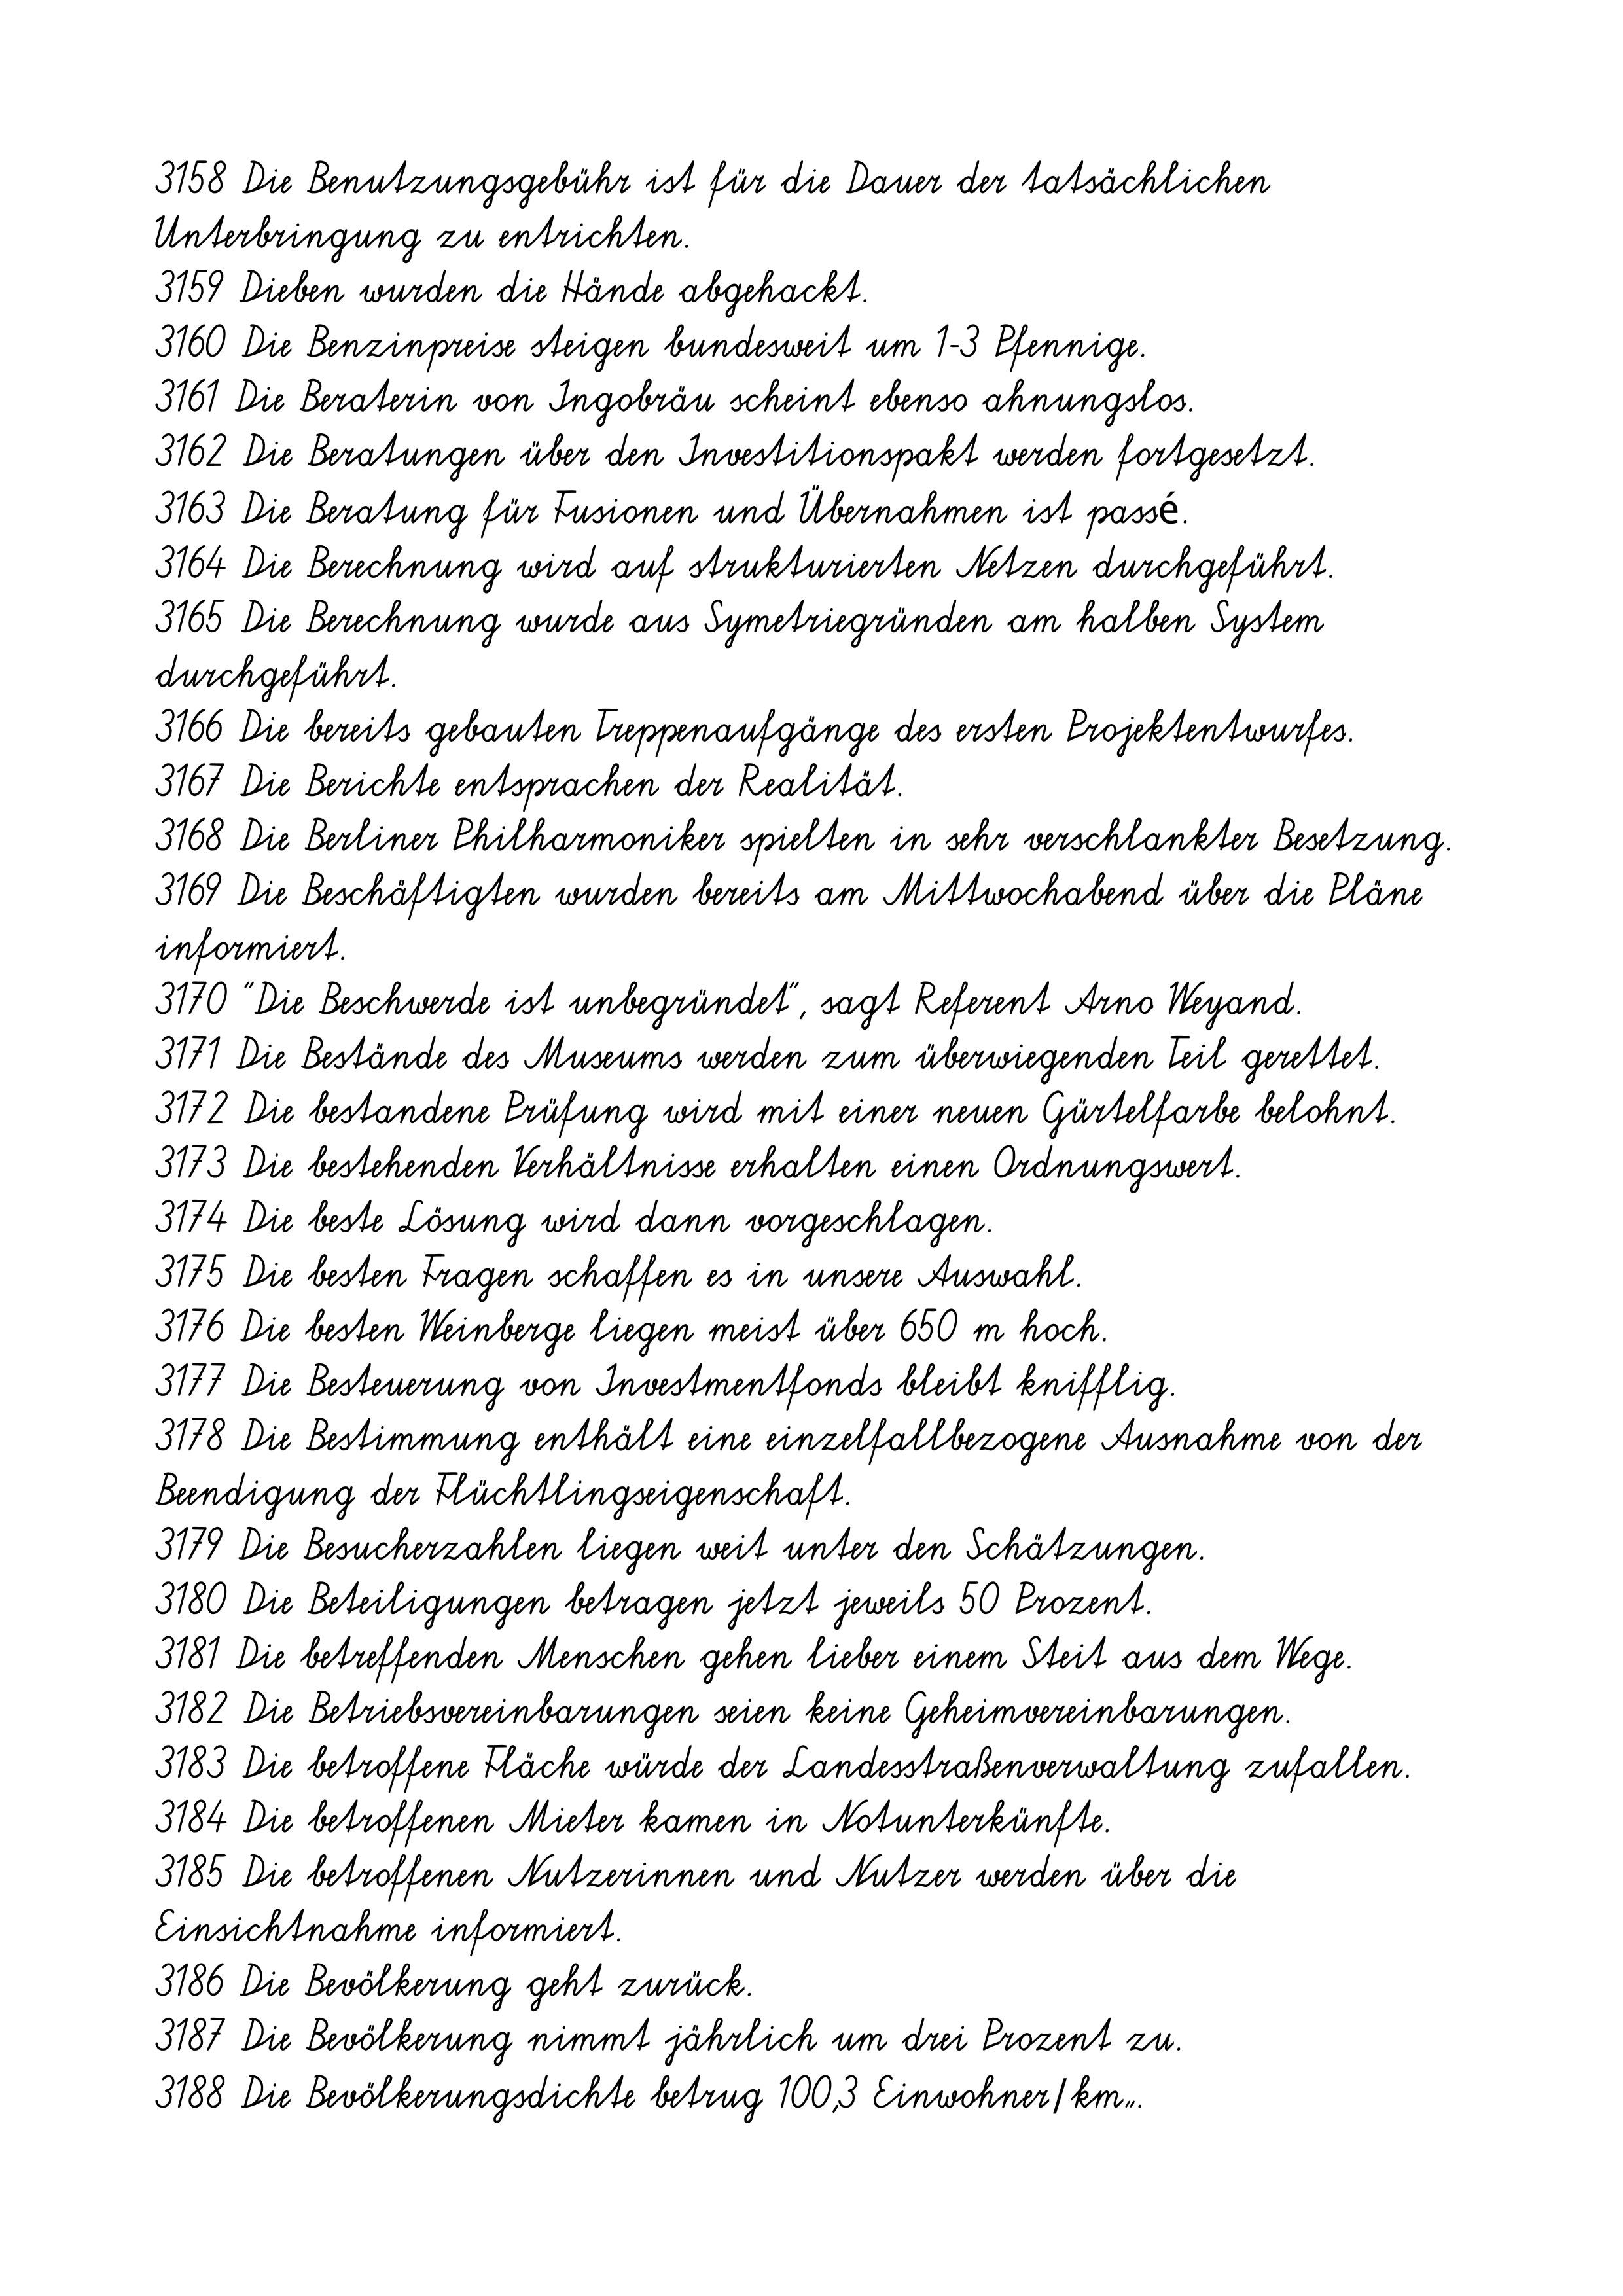
3158 Die Benutzungsgebühr ist für die Dauer der tatsächlichen
Unterbringung zu entrichten.
3159 Dieben wurden die Hände abgehackt.
3160 Die Benzinpreise steigen bundesweit um 1-3 Pfennige.
3161 Die Beraterin von Ingobräu scheint ebenso ahnungslos.
3162 Die Beratungen über den Investitionspakt werden fortgesetzt.
3163 Die Beratung für Fusionen und Übernahmen ist passé.
3164 Die Berechnung wird auf strukturierten Netzen durchgeführt.
3165 Die Berechnung wurde aus Symetriegründen am halben System
durchgeführt.
3166 Die bereits gebauten Treppenaufgänge des ersten Projektentwurfes.
3167 Die Berichte entsprachen der Realität.
3168 Die Berliner Philharmoniker spielten in sehr verschlankter Besetzung.
3169 Die Beschäftigten wurden bereits am Mittwochabend über die Pläne
informiert.
3170 "Die Beschwerde ist unbegründet", sagt Referent Arno Weyand.
3171 Die Bestände des Museums werden zum überwiegenden Teil gerettet.
3172 Die bestandene Prüfung wird mit einer neuen Gürtelfarbe belohnt.
3173 Die bestehenden Verhältnisse erhalten einen Ordnungswert.
3174 Die beste Lösung wird dann vorgeschlagen.
3175 Die besten Fragen schaffen es in unsere Auswahl.
3176 Die besten Weinberge liegen meist über 650 m hoch.
3177 Die Besteuerung von Investmentfonds bleibt knifflig.
3178 Die Bestimmung enthält eine einzelfallbezogene Ausnahme von der
Beendigung der Flüchtlingseigenschaft.
3179 Die Besucherzahlen liegen weit unter den Schätzungen.
3180 Die Beteiligungen betragen jetzt jeweils 50 Prozent.
3181 Die betreffenden Menschen gehen lieber einem Steit aus dem Wege.
3182 Die Betriebsvereinbarungen seien keine Geheimvereinbarungen.
3183 Die betroffene Fläche würde der Landesstraßenverwaltung zufallen.
3184 Die betroffenen Mieter kamen in Notunterkünfte.
3185 Die betroffenen Nutzerinnen und Nutzer werden über die
Einsichtnahme informiert.
3186 Die Bevölkerung geht zurück.
3187 Die Bevölkerung nimmt jährlich um drei Prozent zu.
3188 Die Bevölkerungsdichte betrug 100,3 Einwohner/km².